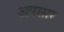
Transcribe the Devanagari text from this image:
अपसार